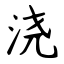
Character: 浇